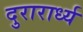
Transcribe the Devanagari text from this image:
दुरारार्ध्य